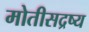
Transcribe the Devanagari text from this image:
मोतीसद्रष्य